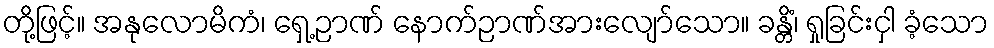
တို့ဖြင့်။ အနုလောမိကံ၊ ရှေ့ဉာဏ် နောက်ဉာဏ်အားလျော်သော။ ခန္တိံ၊ ရှုခြင်းငှါ ခံ့သော